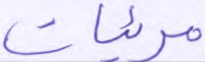
مرئيات